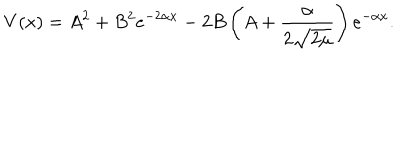
V ( x ) = A ^ { 2 } + B ^ { 2 } e ^ { - 2 \alpha x } - 2 B \left( A + \frac { \alpha } { 2 \sqrt { 2 \mu } } \right) e ^ { - \alpha x } .